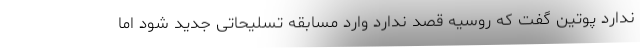
ندارد پوتین گفت که روسیه قصد ندارد وارد مسابقه تسلیحاتی جدید شود اما